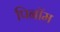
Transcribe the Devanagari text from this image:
पिनॉम